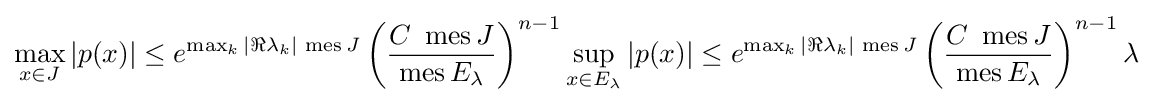
\max _{x\in J}|p(x)|\leq e^{\max _{k}|\Re \lambda _{k}|\,\operatorname {mes} J}\left({\frac {C\,\,\operatorname {mes} J}{\operatorname {mes} E_{\lambda }}}\right)^{n-1}\sup _{x\in E_{\lambda }}|p(x)|\leq e^{\max _{k}|\Re \lambda _{k}|\,\operatorname {mes} J}\left({\frac {C\,\,\operatorname {mes} J}{\operatorname {mes} E_{\lambda }}}\right)^{n-1}\lambda